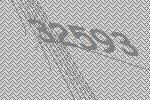
32593